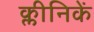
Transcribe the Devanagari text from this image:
क्लीनिकें